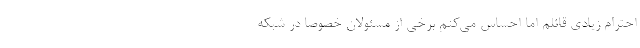
احترام زیادی قائلم اما احساس می‌کنم برخی از مسئولان خصوصاً در شبکه